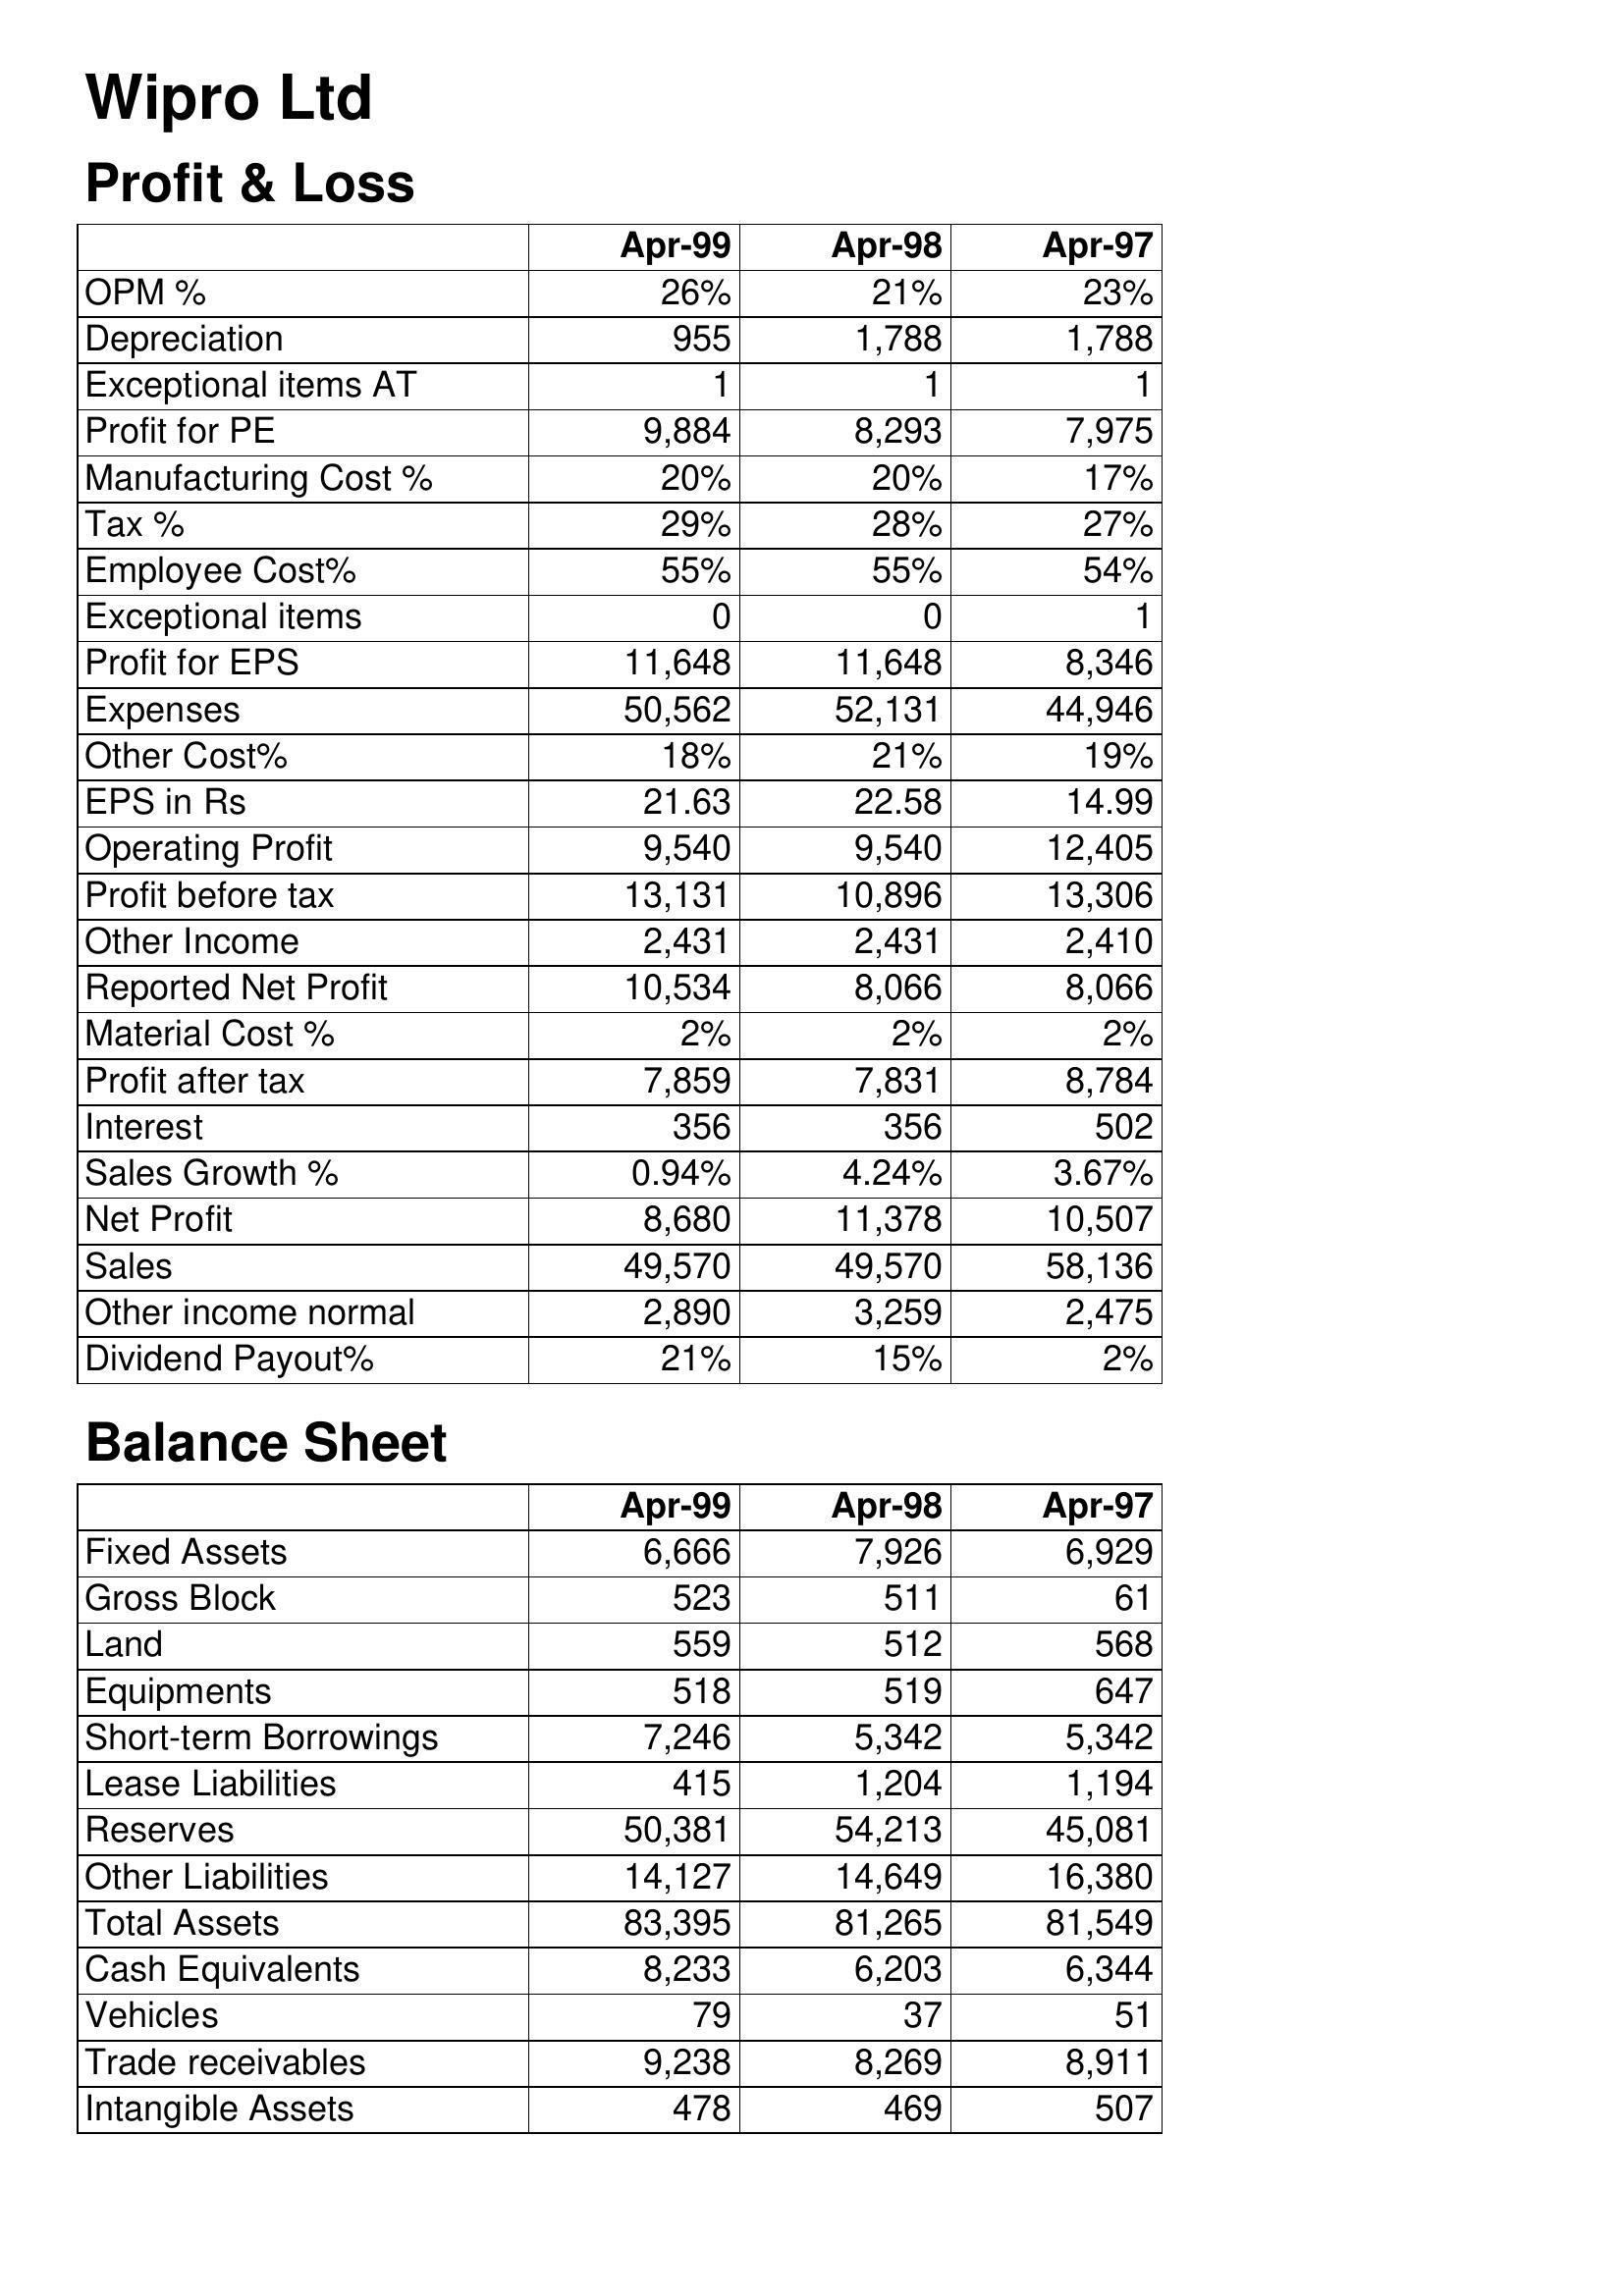
Apr-99: Profit & Loss: OPM %: 26%
Depreciation: 955
Exceptional items AT: 1
Profit for PE: 9,884
Manufacturing Cost %: 20%
Tax %: 29%
Employee Cost%: 55%
Exceptional items: 0
Profit for EPS: 11,648
Expenses: 50,562
Other Cost%: 18%
EPS in Rs: 21.63
Operating Profit: 9,540
Profit before tax: 13,131
Other Income: 2,431
Reported Net Profit: 10,534
Material Cost %: 2%
Profit after tax: 7,859
Interest: 356
Sales Growth %: 0.94%
Net Profit: 8,680
Sales: 49,570
Other income normal: 2,890
Dividend Payout%: 21%
Balance Sheet: Fixed Assets: 6,666
Gross Block: 523
Land: 559
Equipments: 518
Short-term Borrowings: 7,246
Lease Liabilities: 415
Reserves: 50,381
Other Liabilities: 14,127
Total Assets: 83,395
Cash Equivalents: 8,233
Vehicles: 79
Trade receivables: 9,238
Intangible Assets: 478
Apr-98: Profit & Loss: OPM %: 21%
Depreciation: 1,788
Exceptional items AT: 1
Profit for PE: 8,293
Manufacturing Cost %: 20%
Tax %: 28%
Employee Cost%: 55%
Exceptional items: 0
Profit for EPS: 11,648
Expenses: 52,131
Other Cost%: 21%
EPS in Rs: 22.58
Operating Profit: 9,540
Profit before tax: 10,896
Other Income: 2,431
Reported Net Profit: 8,066
Material Cost %: 2%
Profit after tax: 7,831
Interest: 356
Sales Growth %: 4.24%
Net Profit: 11,378
Sales: 49,570
Other income normal: 3,259
Dividend Payout%: 15%
Balance Sheet: Fixed Assets: 7,926
Gross Block: 511
Land: 512
Equipments: 519
Short-term Borrowings: 5,342
Lease Liabilities: 1,204
Reserves: 54,213
Other Liabilities: 14,649
Total Assets: 81,265
Cash Equivalents: 6,203
Vehicles: 37
Trade receivables: 8,269
Intangible Assets: 469
Apr-97: Profit & Loss: OPM %: 23%
Depreciation: 1,788
Exceptional items AT: 1
Profit for PE: 7,975
Manufacturing Cost %: 17%
Tax %: 27%
Employee Cost%: 54%
Exceptional items: 1
Profit for EPS: 8,346
Expenses: 44,946
Other Cost%: 19%
EPS in Rs: 14.99
Operating Profit: 12,405
Profit before tax: 13,306
Other Income: 2,410
Reported Net Profit: 8,066
Material Cost %: 2%
Profit after tax: 8,784
Interest: 502
Sales Growth %: 3.67%
Net Profit: 10,507
Sales: 58,136
Other income normal: 2,475
Dividend Payout%: 2%
Balance Sheet: Fixed Assets: 6,929
Gross Block: 61
Land: 568
Equipments: 647
Short-term Borrowings: 5,342
Lease Liabilities: 1,194
Reserves: 45,081
Other Liabilities: 16,380
Total Assets: 81,549
Cash Equivalents: 6,344
Vehicles: 51
Trade receivables: 8,911
Intangible Assets: 507